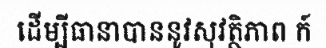
ដើម្បីធានាបាននូវសុវត្ថិភាព ក៍